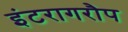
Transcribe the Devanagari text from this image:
इंटरागरौप